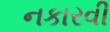
નકારવી